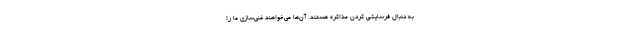
به دنبال فرسایشی کردن مذاکره هستند. آن‌ها می‌خواهند غنی‌سازی ما را